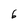
Character: 6